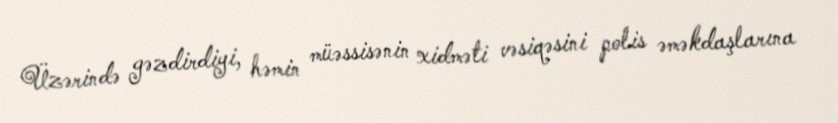
Üzərində gəzdirdiyi, həmin müəssisənin xidməti vəsiqəsini polis əməkdaşlarına